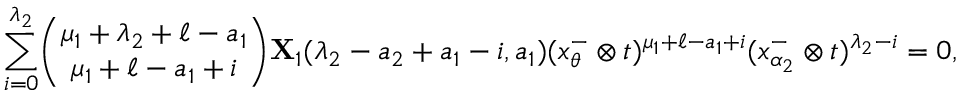
\underset { i = 0 } { \overset { \lambda _ { 2 } } { \sum } } { \binom { \mu _ { 1 } + \lambda _ { 2 } + \ell - a _ { 1 } } { \mu _ { 1 } + \ell - a _ { 1 } + i } } \mathbf X _ { 1 } ( \lambda _ { 2 } - a _ { 2 } + a _ { 1 } - i , a _ { 1 } ) ( x _ { \theta } ^ { - } \otimes t ) ^ { \mu _ { 1 } + \ell - a _ { 1 } + i } ( x _ { \alpha _ { 2 } } ^ { - } \otimes t ) ^ { \lambda _ { 2 } - i } = 0 ,